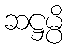
ဆဋ္ဌမ္ပိ